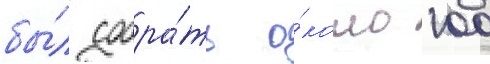
бы́л собра́ть о́коло 100